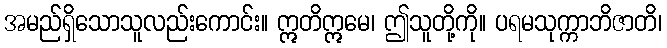
အမည်ရှိသောသူလည်းကောင်း။ ဣတိဣမေ၊ ဤသူတို့ကို။ ပရမသုက္ကာဘိဇာတိ၊